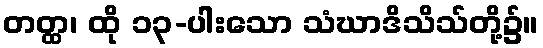
တတ္ထ၊ ထို ၁၃-ပါးသော သံဃာဒိသိသ်တို့၌။